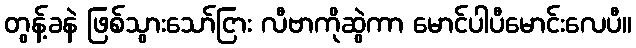
တွန့်ခနဲ ဖြစ်သွားသော်ငြား လီဗာကိုဆွဲကာ မောင်ပါပီမောင်းလေပီ။